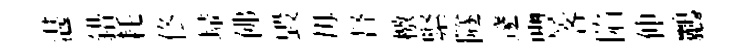
湛錯耗佟埽佛毀毋督檄緊隧邃豐客陷伸鸝